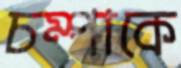
চম্পাকে